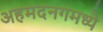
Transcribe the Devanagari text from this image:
अहमदनगमध्ये